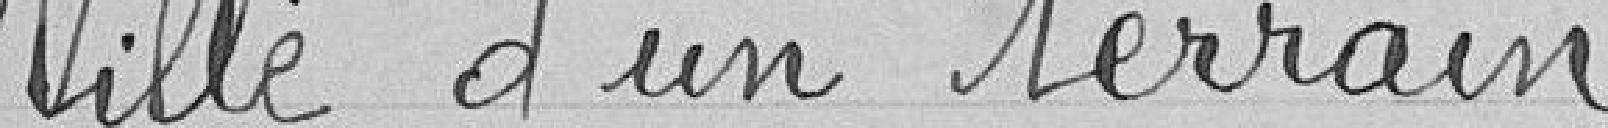
Ville d'un terrain